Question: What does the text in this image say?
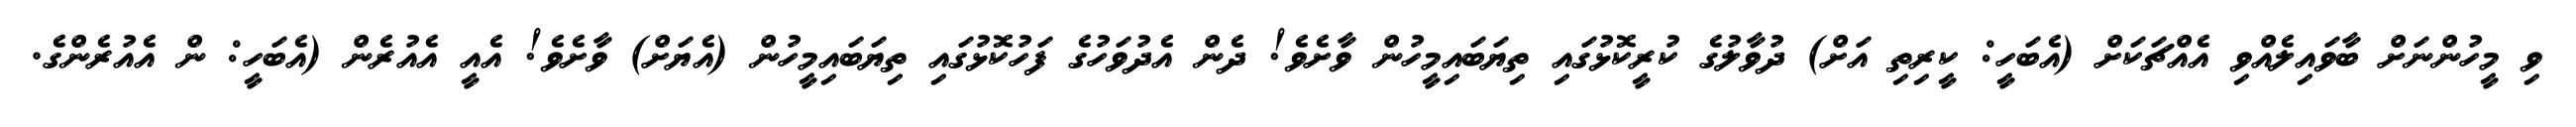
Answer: ވި މީހުންނަށް ބާވައިލެއްވި އެއްޗަކަށް (އެބަހީ: ކީރިތި އަށް) ދުވާލުގެ ކުރީކޮޅުގައި ތިޔަބައިމީހުން ވާށެވެ! ދެން އެދުވަހުގެ ފަހުކޮޅުގައި ތިޔަބައިމީހުން (އެޔަށް) ވާށެވެ! އެއީ އެއުރެން (އެބަހީ: ން އެއުރެންގެ.